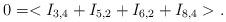
LaTeX: \begin{align*}0=<I_{3,4}+I_{5,2}+I_{6,2}+I_{8,4}>.\end{align*}